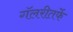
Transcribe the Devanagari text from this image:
गॅलरीतर्फे